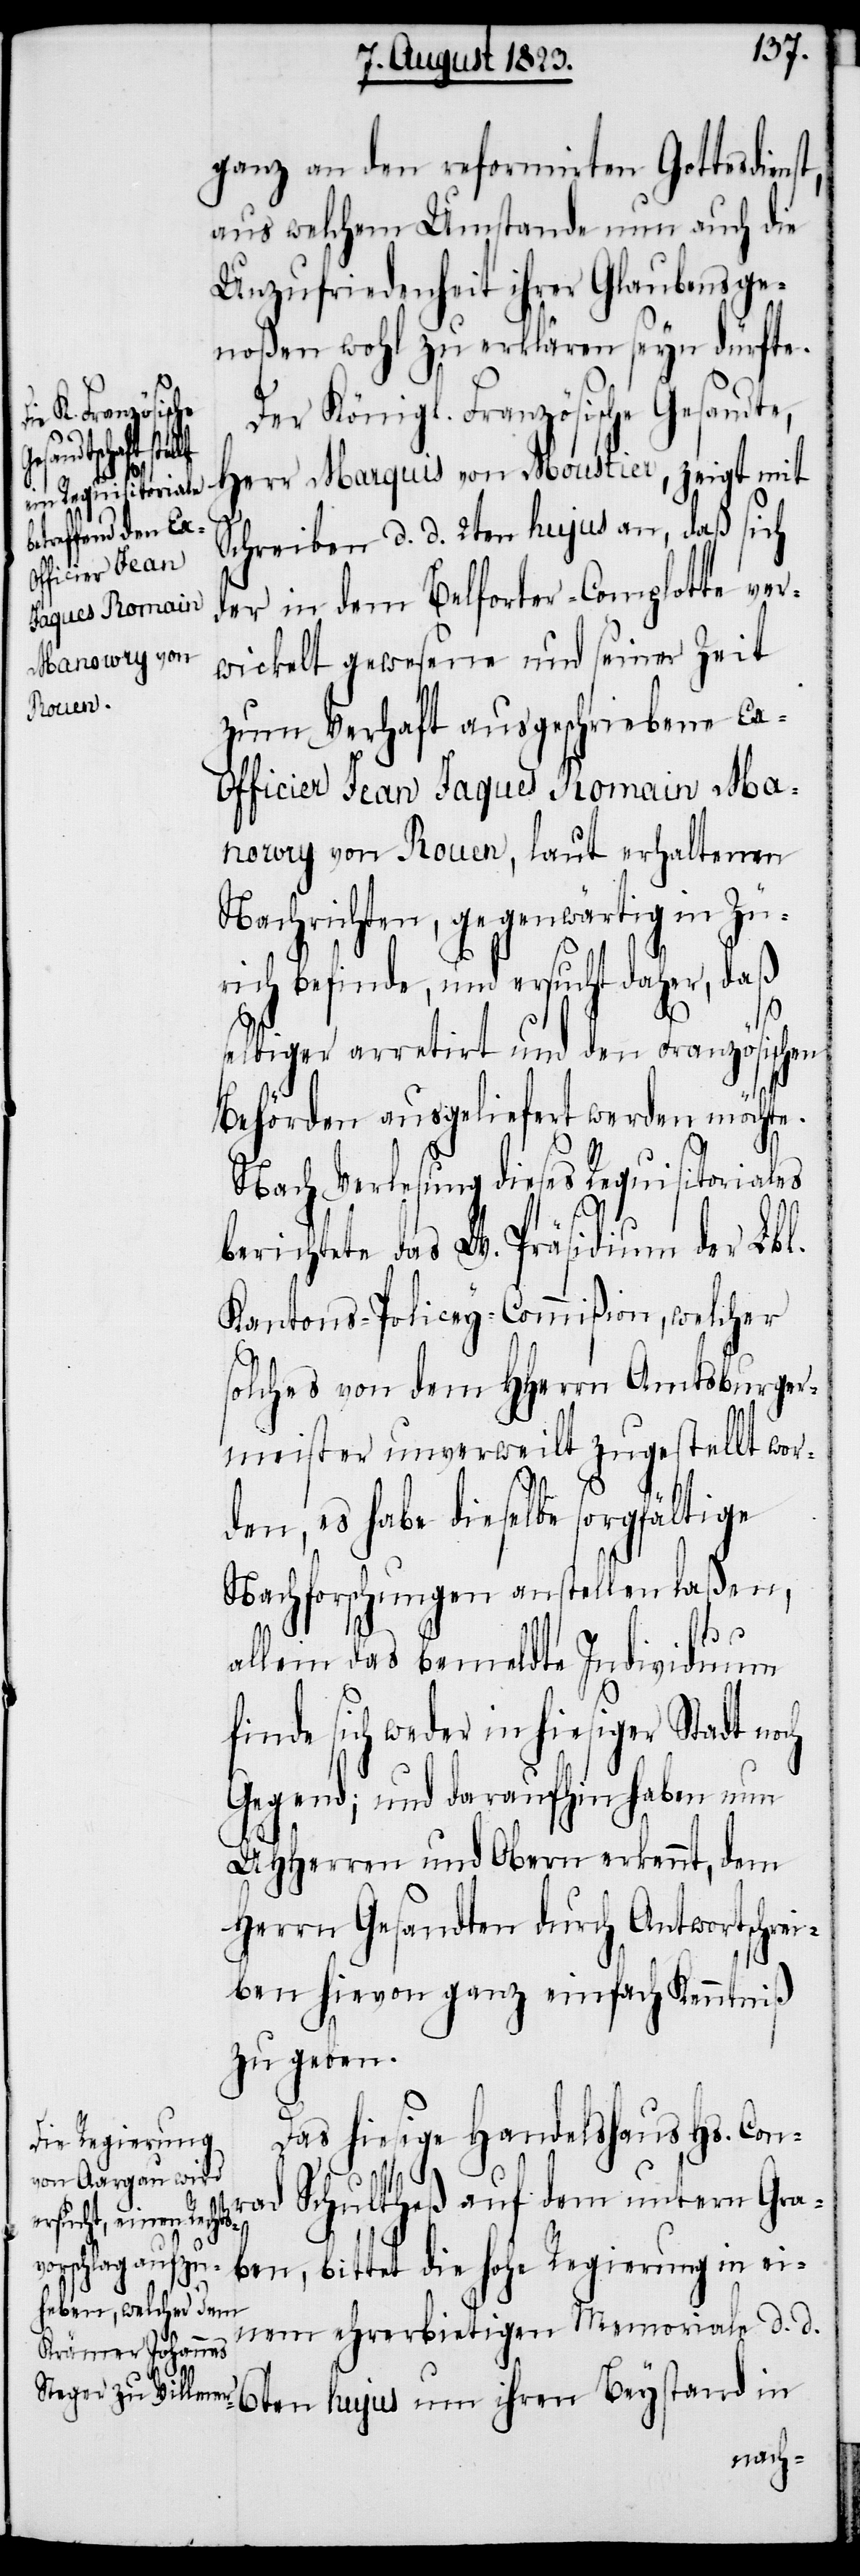
ganz an den reformirten Gottesdiens¬
aus welchem Umstande nun auch die
Unzufriedenheit ihrer Glaubensge¬
noßen wohl zu erklären seyn dürfte.
Der Königl. Französische Gesandte,
Beystand in
Herr Marquis von Moustier, zeigt mit
t,
Schreiben d. d. 2ten hujus an, daß sich
der in dem Belforter-Complotte ver¬
wickelt gewesene und seiner Zeit
zum Verhaft ausgeschriebene Ex-O¬
fficier Jean Jaques Romain Ma¬
noury von Rouen, laut erhaltenen
Nachrichten, gegenwärtig in Zü¬
rich befinde, und ersucht daher, daß
selbiger arretirt und den Französischen
Behörden ausgeliefert werden möchte.
Nach Verlesung dieses Requisitoriales
berichtete das W. Präsidium der Lbl.
Kantons-Policey-Commißion, welcher
solches von dem HHerrn Amtsburger¬
meister unverweilt zugestellt wor¬
den, es habe dieselbe sorgfältige
Nachforschungen anstellen laßen,
allein das bemeldte Individuum
finde sich weder in hiesiger Stadt noch
Gegend; und daraufhin haben nun
UHHerren und Obern erkennt, dem
Herrn Gesandten durch Antwortschrei¬
ben hievon ganz einfach Kenntniß
zu geben.
Das hiesige Handelshaus Hs. Con¬
Schultheß auf dem untern Gra¬
rad
hujus um ihren
ben, bittet die hohe Regierung in ei¬
nem ehrerbietigen Memoriale d. d.